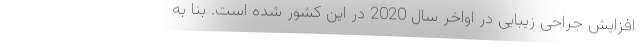
افزایش جراحی زیبایی در اواخر سال 2020 در این کشور شده است. بنا به